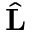
\hat { \bf L }